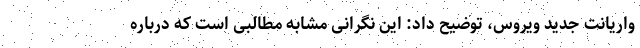
واریانت جدید ویروس، توضیح داد: این نگرانی مشابه مطالبی است که درباره